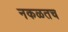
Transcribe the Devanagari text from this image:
नकळतच